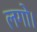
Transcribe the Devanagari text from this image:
लगो।